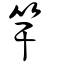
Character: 竿